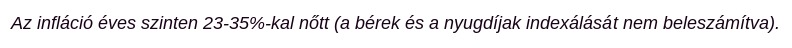
Az infláció éves szinten 23-35%-kal nőtt (a bérek és a nyugdíjak indexálását nem beleszámítva).